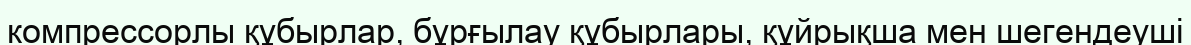
компрессорлы құбырлар, бұрғылау құбырлары, құйрықша мен шегендеуші